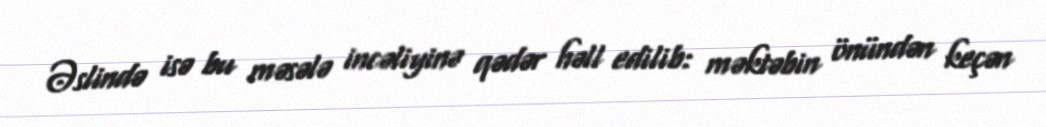
Əslində isə bu məsələ incəliyinə qədər həll edilib: məktəbin önündən keçən